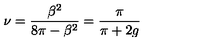
\nu = \frac { \beta ^ { 2 } } { 8 \pi - \beta ^ { 2 } } = \frac { \pi } { \pi + 2 g }